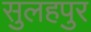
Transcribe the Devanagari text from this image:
सुलहपुर